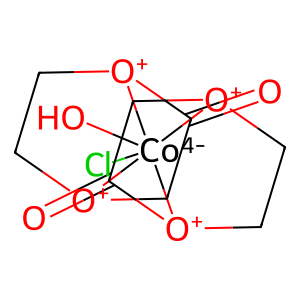
SMILES: O=C1C[O+]2CC[O+]1[Co-4]21(O)(Cl)[O+]2CC[O+]1C(=O)C2
Inhibits HIV replication: No